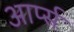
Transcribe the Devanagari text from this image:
आर्प्स